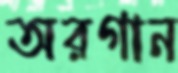
অরগান